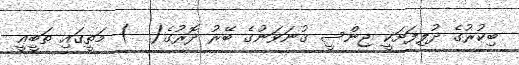
ބިކުރުގެ ދުލިފަށަކީ ޖިންސީ ގުނަވަނުގެ ބޭރު ދޮރުގެ(  ) މަތީގައި ތަބީޢީ